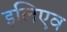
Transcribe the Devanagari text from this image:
इलिएव